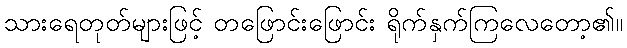
သားရေတုတ်များဖြင့် တဖြောင်းဖြောင်း ရိုက်နှက်ကြလေတော့၏။